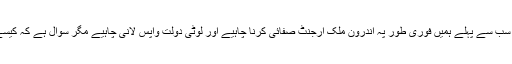
لہذا سب سے پہلے ہمیں فوری طور پہ اندرون ملک ارجنٹ صفائی کرنا چاہیے اور لوٹی دولت واپس لانی چاہیے مگر سوال ہے کہ کیسے ؟